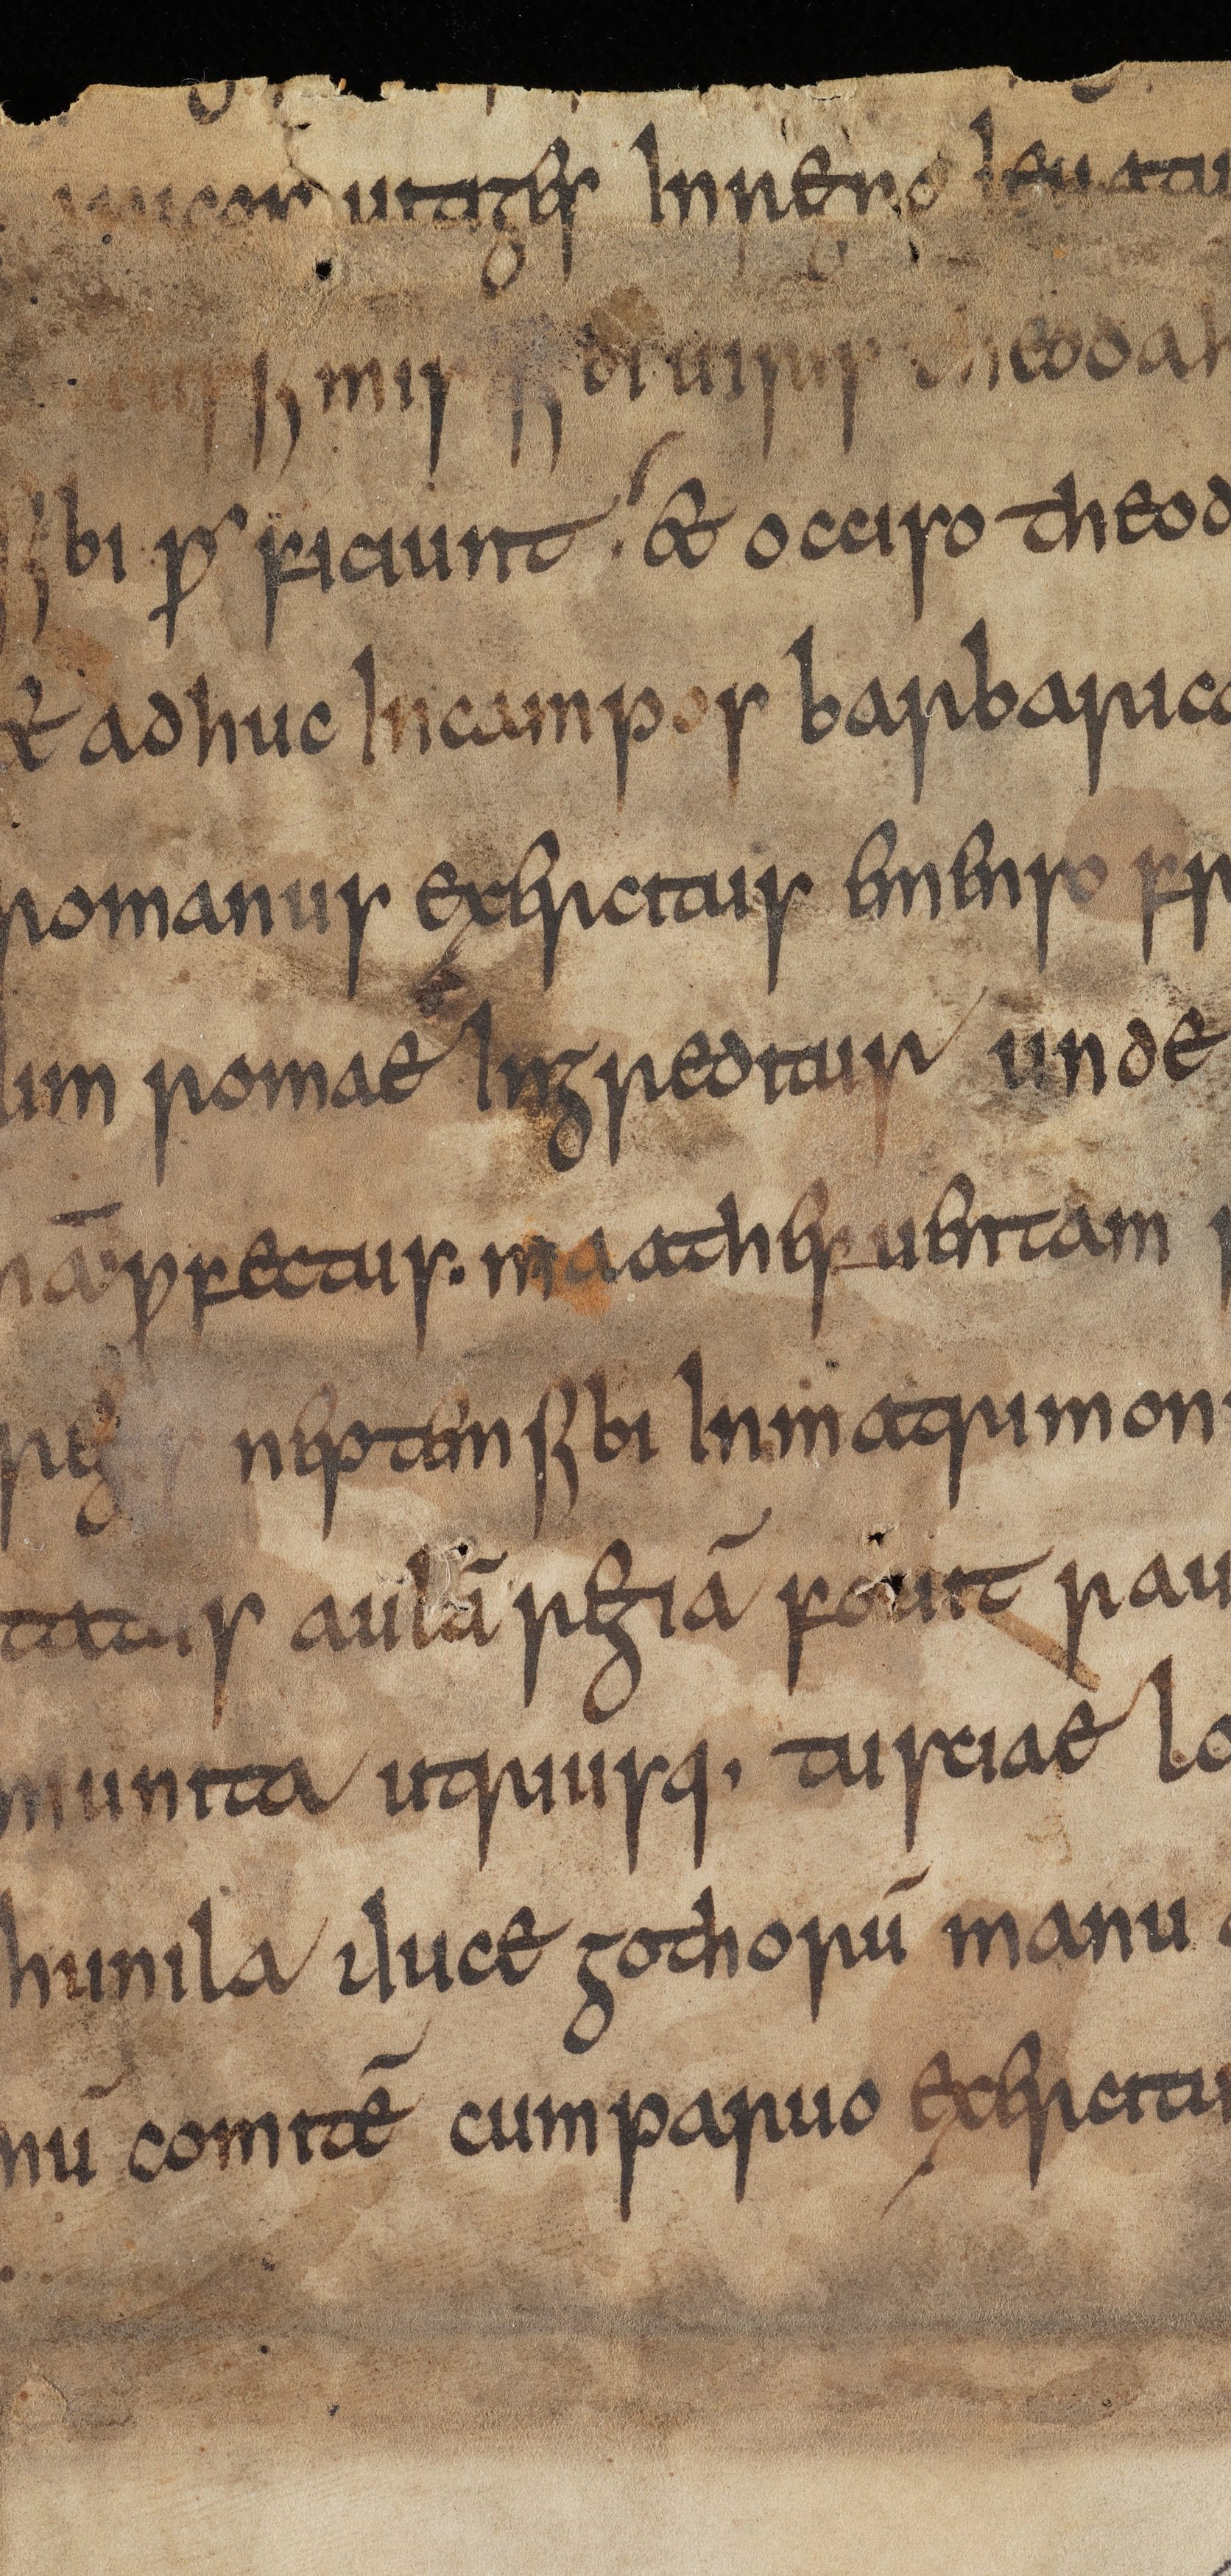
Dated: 815–845